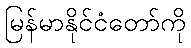
မြန်မာနိုင်ငံတော်ကို